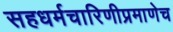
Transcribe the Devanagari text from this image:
सहधर्मचारिणीप्रमाणेच